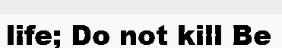
life; Do not kill Be